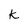
Character: k